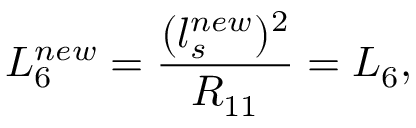
L _ { 6 } ^ { n e w } = \frac { ( l _ { s } ^ { n e w } ) ^ { 2 } } { R _ { 1 1 } } = L _ { 6 } ,